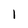
Character: l